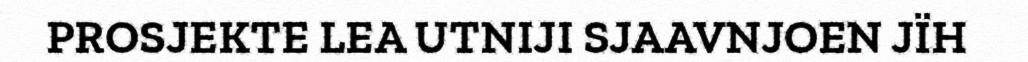
PROSJEKTE LEA UTNIJI SJAAVNJOEN JÏH